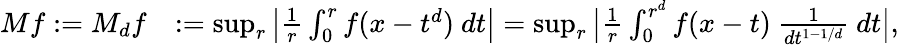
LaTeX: \begin{array}{rl}{Mf\mathrel{\mathop:}=M_{d}f}&{\mathrel{\mathop:}=\operatorname*{sup}_{r}\big|\frac{1}{r}\int_{0}^{r}f(x-t^{d})\ dt\big|=\operatorname*{sup}_{r}\big|\frac{1}{r}\int_{0}^{r^{d}}f(x-t)\ \frac{1}{dt^{1-1/d}}\ dt\big|,}\end{array}